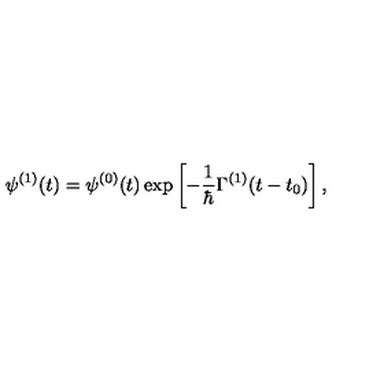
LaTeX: \psi ^ { ( 1 ) } ( t ) = \psi ^ { ( 0 ) } ( t ) \exp \left[ - \frac { 1 } { \hbar } \Gamma ^ { ( 1 ) } ( t - t _ { 0 } ) \right] ,